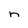
Character: n